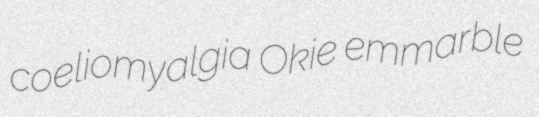
coeliomyalgia Okie emmarble